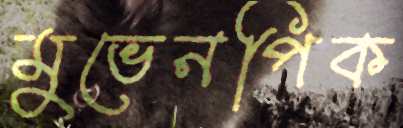
মুভেনপিক